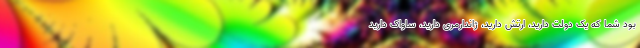
بود شما که یک دولت دارید، ارتش دارید، ژاندارمری دارید، ساواک دارید